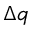
\Delta q